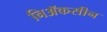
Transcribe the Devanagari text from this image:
निॲकसीन